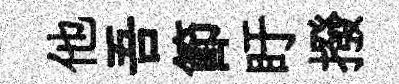
他吾節盱撥